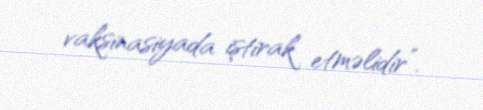
vaksinasiyada iştirak etməlidir”.